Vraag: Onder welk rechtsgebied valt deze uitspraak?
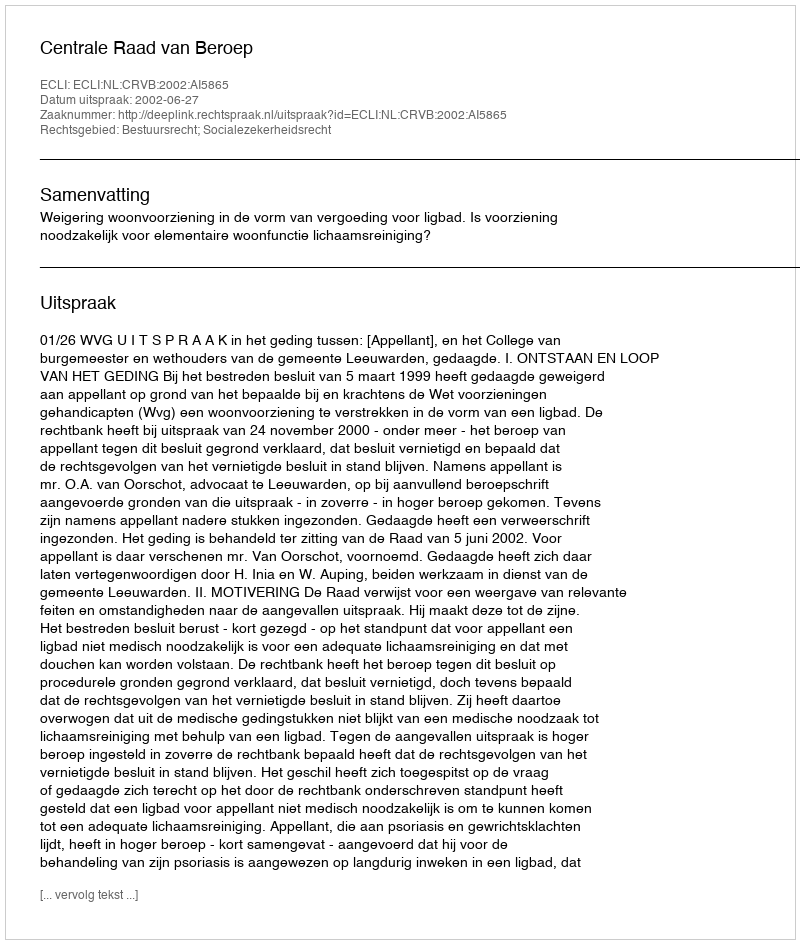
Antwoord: Bestuursrecht; Socialezekerheidsrecht